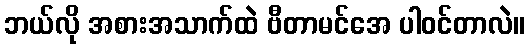
ဘယ်လို အစားအသာက်ထဲ ဗီတာမင်အေ ပါဝင်တာလဲ။